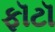
ફૉટૉ